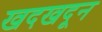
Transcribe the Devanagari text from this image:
खदखदून